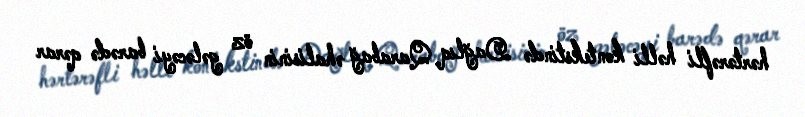
hərtərəfli həlli kontekstində Dağlıq Qarabağ əhalisinin öz gələcəyi barədə qərar